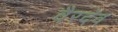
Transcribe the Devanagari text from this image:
वैरदेव